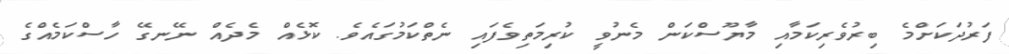
ފަރުދަކަށްމެ ބިރުވެރިކަމާއި މާޔޫސްކަން މެނުވީ ކުރިމަތިވެފައި ނެތްކަމުގައެވެ. ކޮޅެއް މެދެއް ނޭނގޭ ހާސްކަމެއްގެ